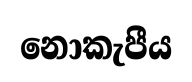
නොකැපීය